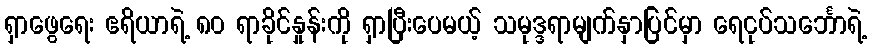
ရှာဖွေရေး ဧရိယာရဲ့ ၈၀ ရာခိုင်နှုန်းကို ရှာပြီးပေမယ့် သမုဒ္ဒရာမျက်နှာပြင်မှာ ရေငုပ်သင်္ဘောရဲ့